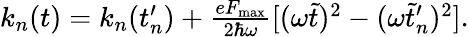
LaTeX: \begin{array}{r}{k_{n}(t)=k_{n}(t_{n}^{\prime})+\frac{eF_{\mathrm{max}}}{2\hbar\omega}[(\omega\tilde{t})^{2}-(\omega\tilde{t}_{n}^{\prime})^{2}].}\end{array}